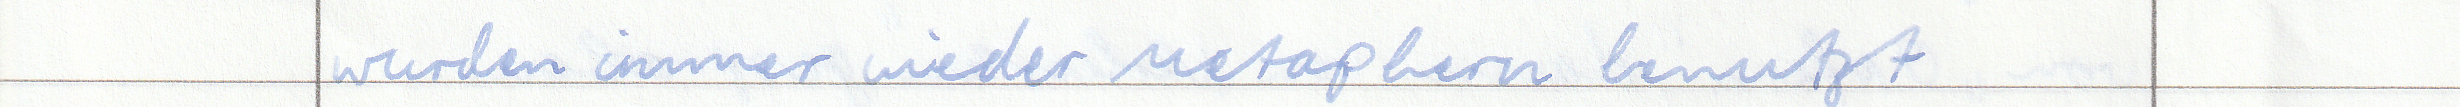
wurden immer wieder Metaphern benutzt